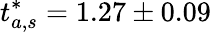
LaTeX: t_{a,s}^{*}=1.27\pm 0.09